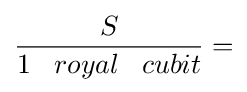
{\frac {S}{1\;\;\;royal\;\;\;cubit}}=